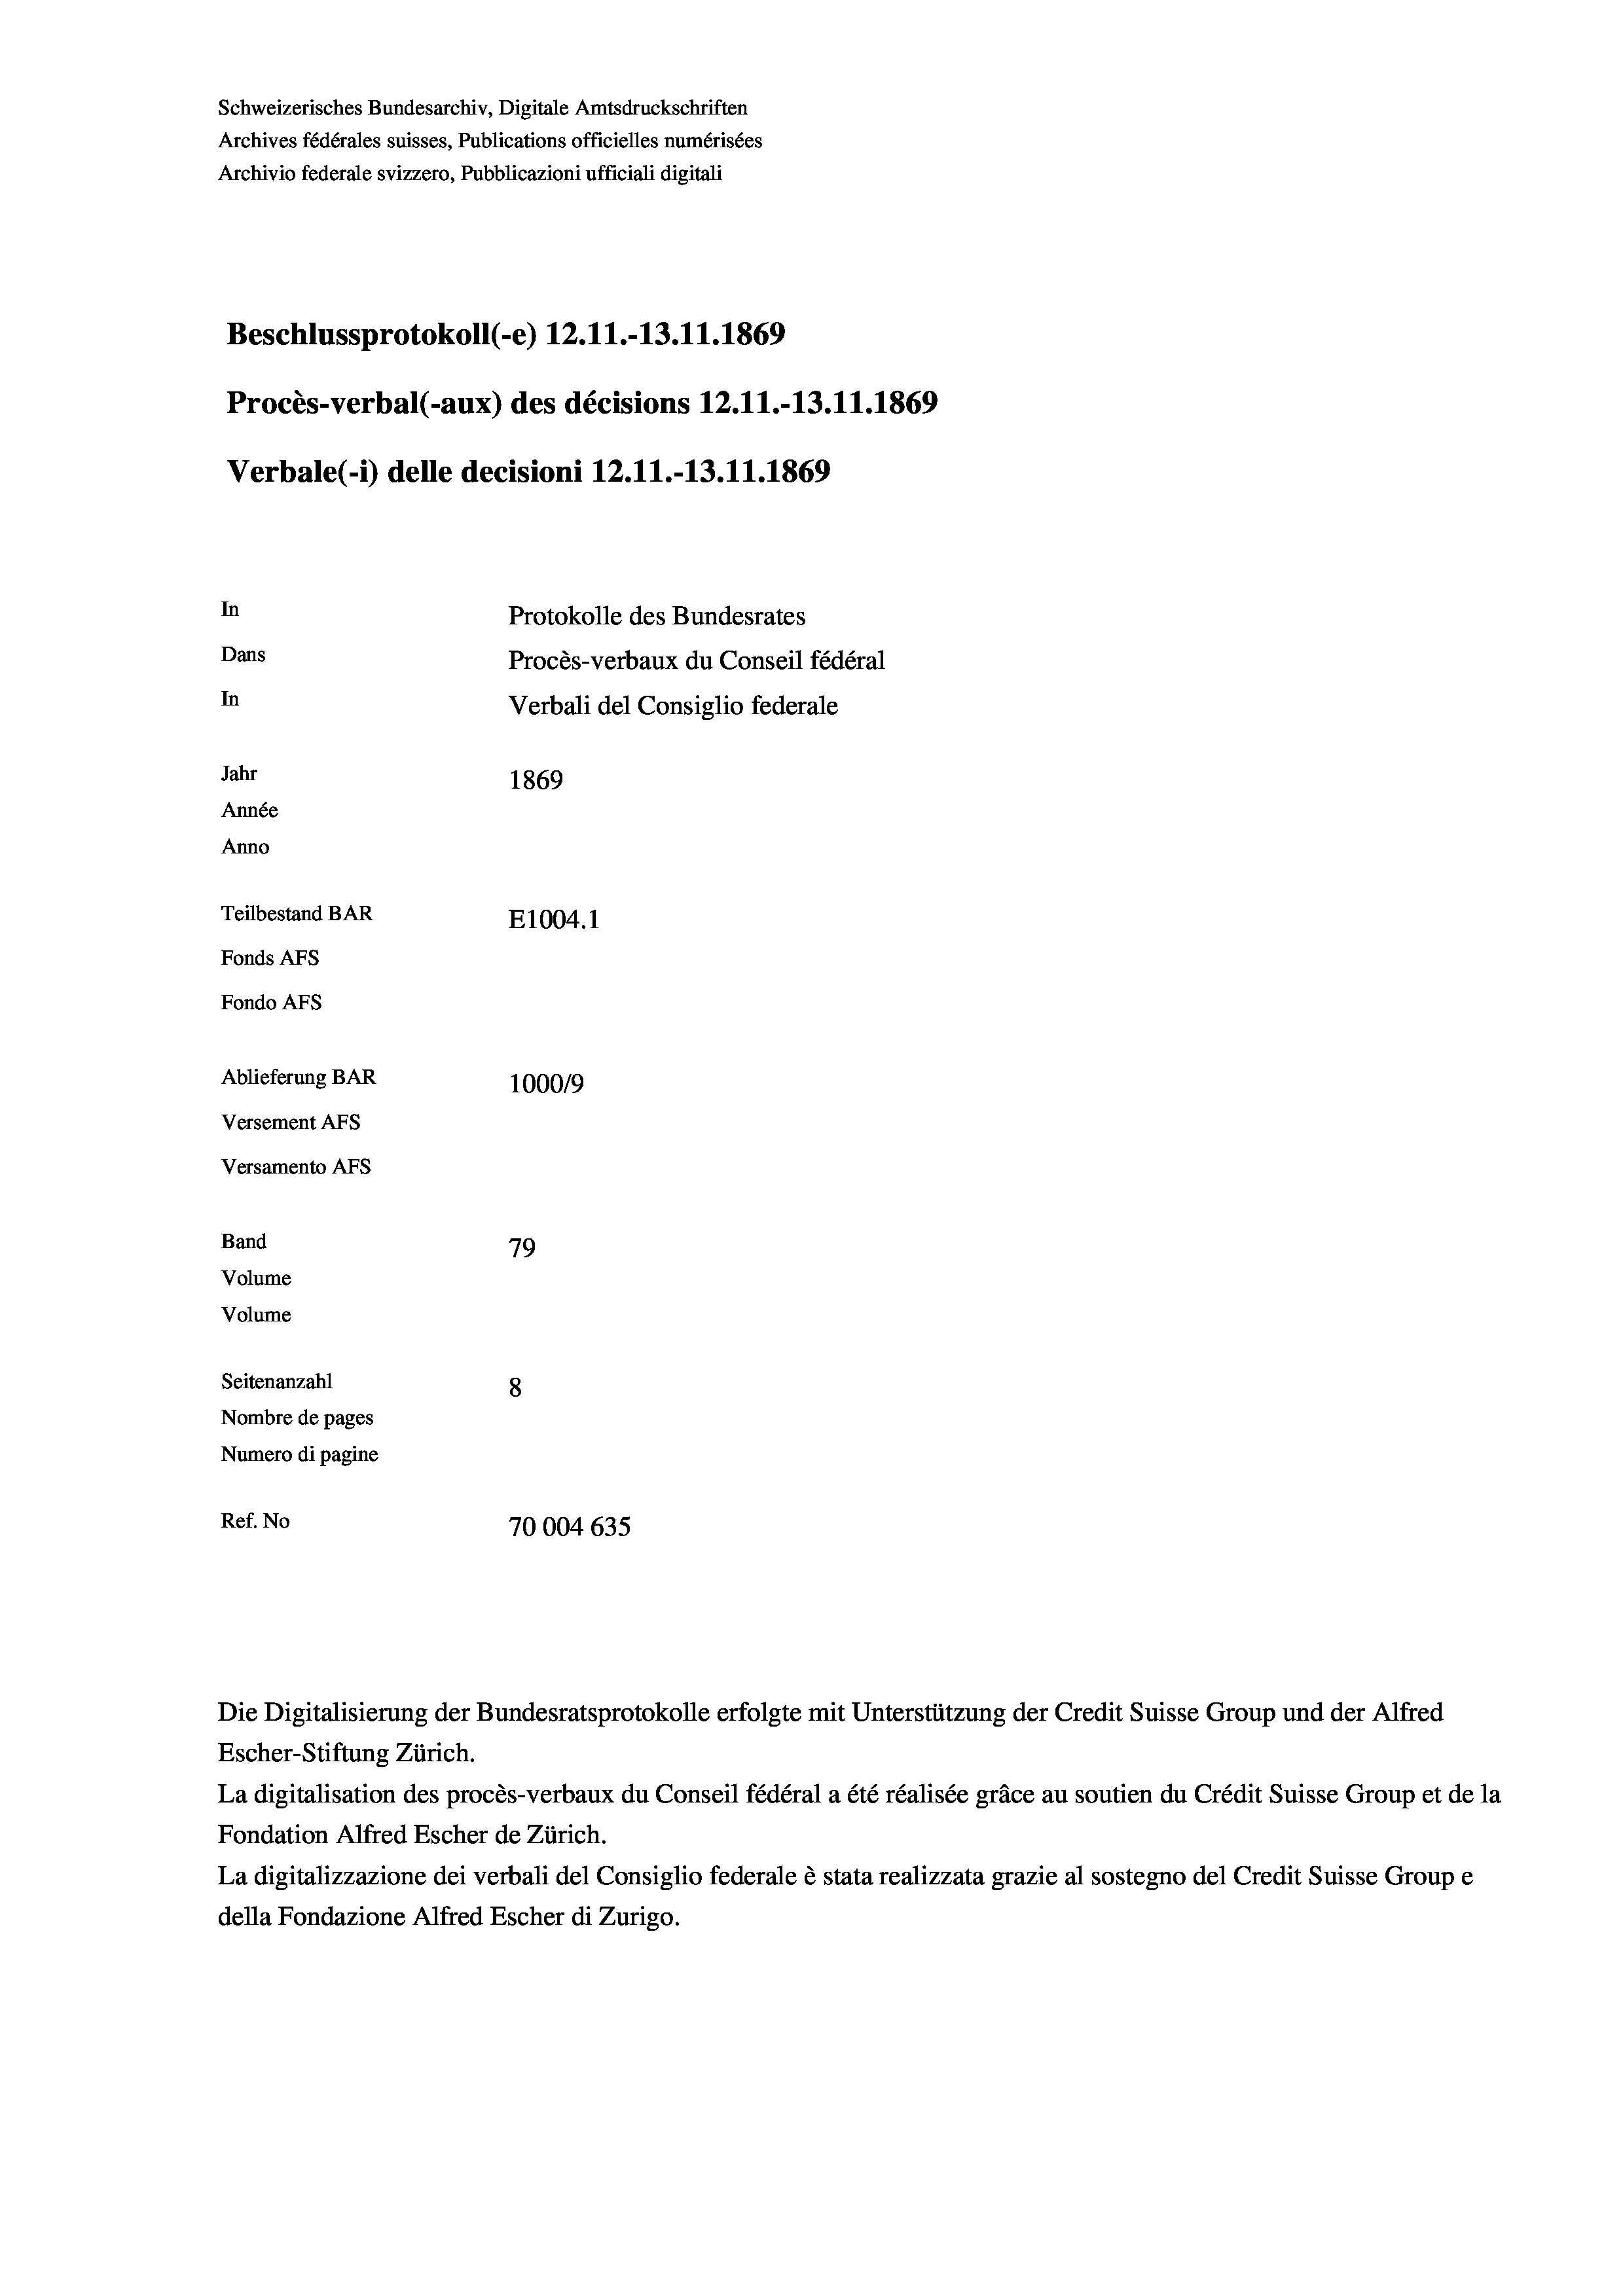
Schweizerisches Bundesarchiv, Digitale Amtsdruckschriften
Archives fédérales suisses, Publications officielles numérisées
Archivio federale svizzero, Pubblicazioni ufficiali digitali
Beschlussprotokoll (-e) 12.11.-13.11.1869
Procès-verbal (-aux) des décisions 12.11.-13.11.1869
Verbale (i) delle decisioni 12.11.-13.11.1869
In
Protokolle des Bundesrates
Dans
Procès-verbaux du Conseil fédéral
In
Verbali del Consiglio federale
Jahr
1869
Année
Anno
Teilbestand BAR
E1004. 1
Fonds AFs
Fondo Afs
Ablieferung BAR
1000/9
Versement AFs
Versamento Afs
Band
79
Volume
Volume
Seitenanzahl
8
Nombre de pages
Numero di pagine
Ref. No
70004 635

La digitalisation des procès-verbaux du Conseil fédéral a été réalisée gräce au soutien du Crédit Suisse Group et de la
Fondation Alfred Escher de Zürich.
La digitalizzazione dei verbali del Consiglio federale è stata realizzata grazie al sostegno del Credit Suisse Groupe
della Fondazione Alfred Escher di Zurigo.

Die Digitalisierung der Bundesratsprotokolle erfolgte mit Unterstützung der Credit Suisse Group und der Alfred
Escher-Stiftung Zürich.